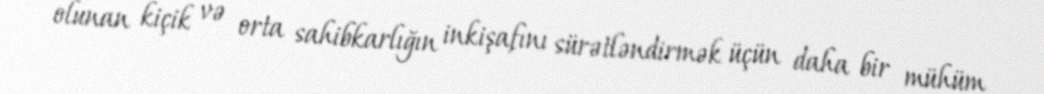
olunan kiçik və orta sahibkarlığın inkişafını sürətləndirmək üçün daha bir mühüm